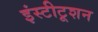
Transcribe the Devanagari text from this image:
इंस्टीटूशन